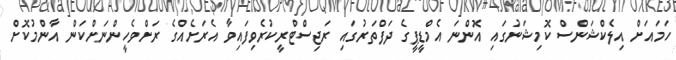
ހަމައަށް އިލެކްޝަންސް ކޮމިޝަނުގައި އޮންނަ އެމްޑީޕީގެ ދަފްތަރުގައި ރަޖިސްޓްރީކުރެވިފައިވާ އެރަށެއްގެ ރަށްވެހީންނަށްކަން އާންމުކޮށް